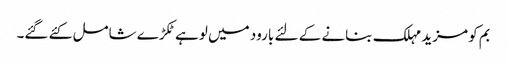
بم کو مزید مہلک بنانے کے لئے بارود میں لوہے ٹکڑے شامل کئے گئے۔